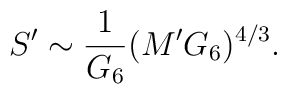
S' \sim {{1}\over{G_6}} (M' G_6)^{4/3} .